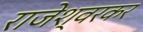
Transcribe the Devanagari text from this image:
राजेश्वरकर